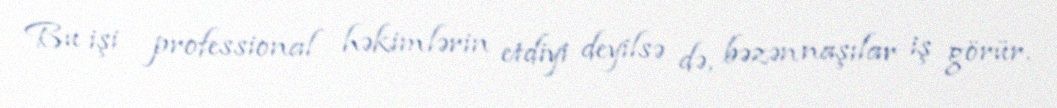
Bu işi professional həkimlərin etdiyi deyilsə də, bəzən naşılar iş görür.